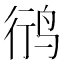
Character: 鸻